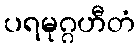
ပရမုဂ္ဂဟီတံ